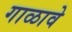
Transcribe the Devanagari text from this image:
गाळावे